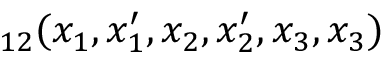
_ { 1 2 } ( x _ { 1 } , x _ { 1 } ^ { \prime } , x _ { 2 } , x _ { 2 } ^ { \prime } , x _ { 3 } , x _ { 3 } )